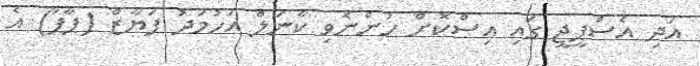
އަދި އެސްޕީޖީ ގައި އިސްކޮށް ހުންނެވި ކާނަލް އަހުމަދު ފަޔާޒް (ޕާޕާ) އެ